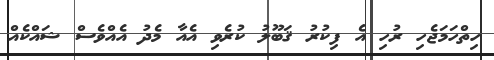
ހިތްހަމަޖެހި ރުހި އެ ފިކުރު ޤަބޫލު ކުރެވި އެއާ މެދު އެއްވެސް ޝައްކެއް